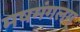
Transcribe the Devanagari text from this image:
मषमंगलम्